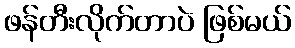
ဖန်တီးလိုက်တာပဲ ဖြစ်မယ်